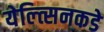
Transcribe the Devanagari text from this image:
येल्त्सिनकडे